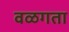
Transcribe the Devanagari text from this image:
वळगता